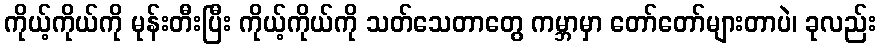
ကိုယ့်ကိုယ်ကို မုန်းတီးပြီး ကိုယ့်ကိုယ်ကို သတ်သေတာတွေ ကမ္ဘာမှာ တော်တော်များတာပဲ၊ ခုလည်း